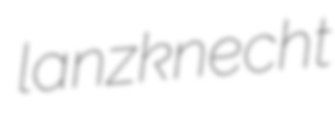
lanzknecht